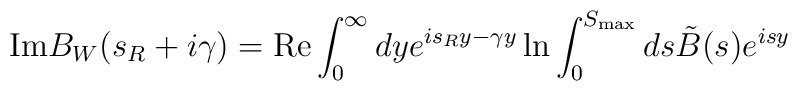
{\rm Im}B_W(s_R+i\gamma)={\rm Re}\int_{0}^{\infty}dy e^{is_R y-\gamma y}\ln{\int_{0}^{S_{\rm max}}ds \tilde{B}(s)e^{isy}}